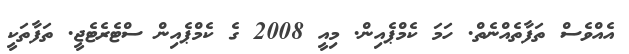
އެއްވެސް ތަފާތެއްނެތް. ހަމަ ކެމްޕެއިން. މިއީ 2008 ގެ ކެމްޕެއިން ސްޓެރެޓެޖީ. ތަފާތަކީ